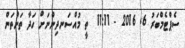
ސެޕްޓެމްބަރު 6